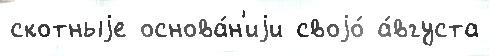
скотныjе основа́н'иjи своjо́ а́вгуста